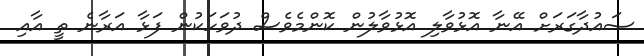
ސައުދާގަރަށް އޭނާ އޮޅުވާލި އޮޅުވާލުން ކޮންމެވެސް ދުވަހަކުން ފަޅާ އަރާނެ ތީ އާއި